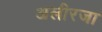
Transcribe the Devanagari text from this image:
अलीरजा